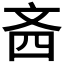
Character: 𪯣